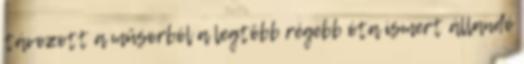
távozott a műsorból a legtöbb régebb óta ismert állandó